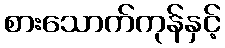
စားသောက်ကုန်နှင့်